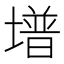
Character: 𡐭